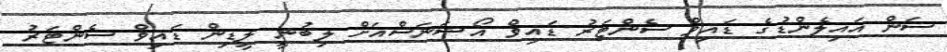
ސަން އައިލެންޑުގެ ޑައިވް ސެންޓަރު ޑައިވް އޯޝަނަސްއަށް ލިބުނީ ލީޑިން ޑައިވް ސެންޓަރު